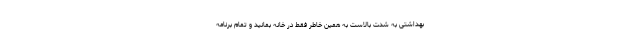
بهداشتی به شدت بالاست به همین خاطر فقط در خانه بمانید و تمام برنامه